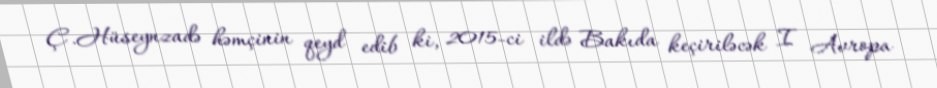
Ç.Hüseynzadə həmçinin qeyd edib ki, 2015-ci ildə Bakıda keçiriləcək I Avropa